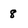
Character: 8